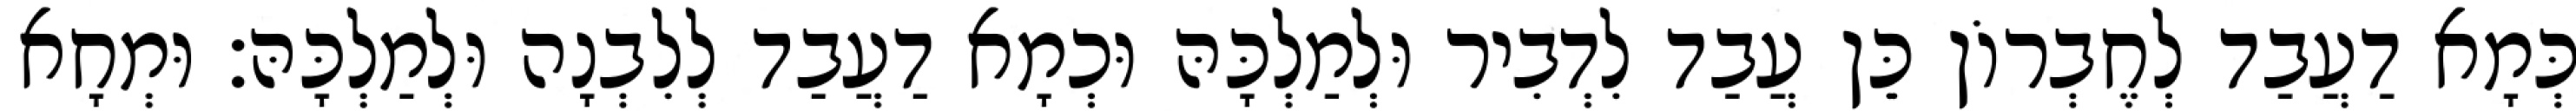
כְּמָא דַעֲבַד לְחֶבְרוֹן כֵּן עֲבַד לִדְבִיר וּלְמַלְכָּהּ וּכְמָא דַעֲבַד לְלִבְנָה וּלְמַלְכָּהּ׃ וּמְחָא